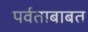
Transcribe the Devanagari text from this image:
पर्वताबाबत